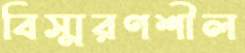
বিস্মরণশীল